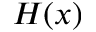
H ( x )